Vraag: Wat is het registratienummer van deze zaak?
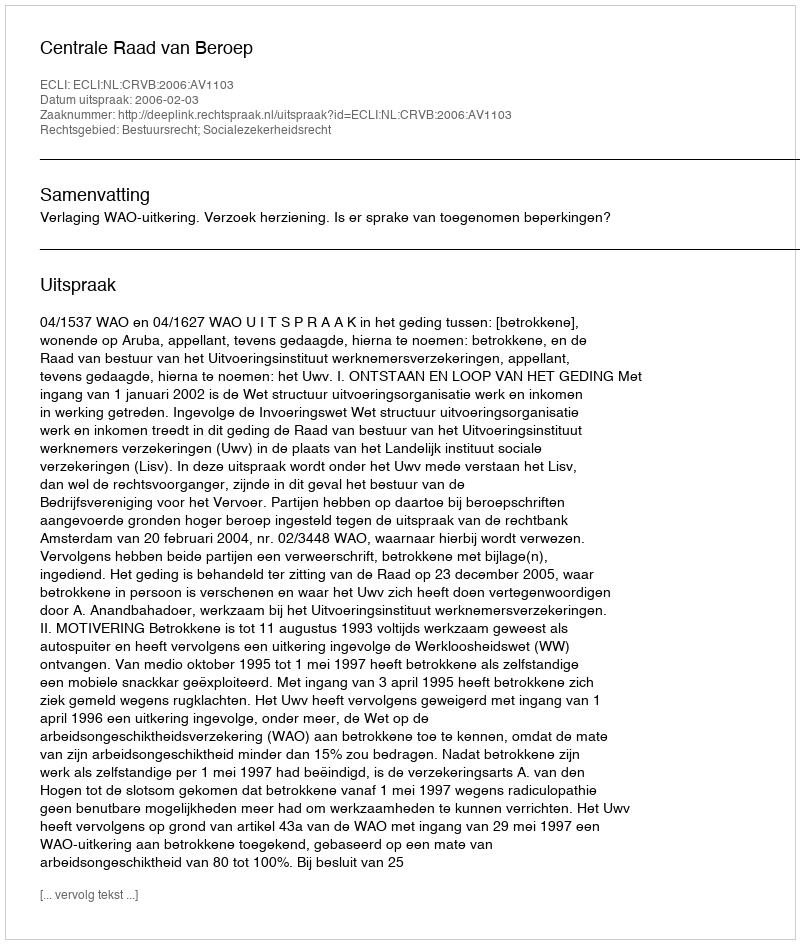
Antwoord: http://deeplink.rechtspraak.nl/uitspraak?id=ECLI:NL:CRVB:2006:AV1103